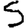
Digit: 5